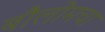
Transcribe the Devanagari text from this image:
बौलोमचा